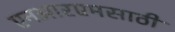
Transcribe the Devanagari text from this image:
एनआरएमसाठी